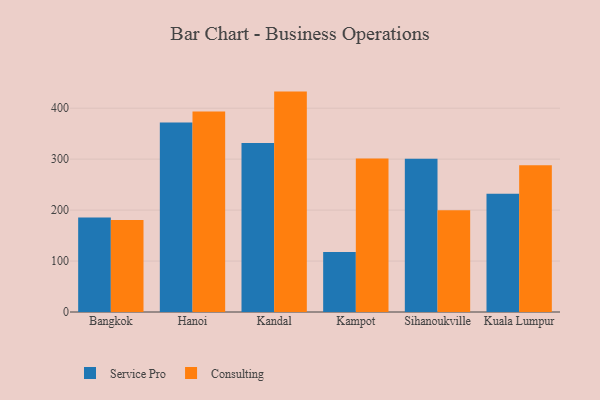
{"axis": {"x": "City", "y": "Production Output"}, "legend": ["Consulting", "Service Pro"], "data": [{"x": "Bangkok", "y": 185.7, "type": "Service Pro"}, {"x": "Bangkok", "y": 180.8, "type": "Consulting"}, {"x": "Hanoi", "y": 372.1, "type": "Service Pro"}, {"x": "Hanoi", "y": 393.5, "type": "Consulting"}, {"x": "Kandal", "y": 331.8, "type": "Service Pro"}, {"x": "Kandal", "y": 432.6, "type": "Consulting"}, {"x": "Kampot", "y": 117.6, "type": "Service Pro"}, {"x": "Kampot", "y": 301.3, "type": "Consulting"}, {"x": "Sihanoukville", "y": 300.6, "type": "Service Pro"}, {"x": "Sihanoukville", "y": 199.6, "type": "Consulting"}, {"x": "Kuala Lumpur", "y": 232.0, "type": "Service Pro"}, {"x": "Kuala Lumpur", "y": 287.9, "type": "Consulting"}]}